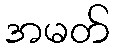
အမတ်